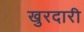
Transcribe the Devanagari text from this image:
खुरदारी